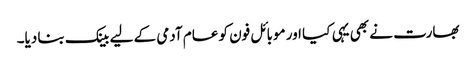
بھارت نے بھی یہی کیا اور موبائل فون کو عام آدمی کے لیے بینک بنا دیا۔